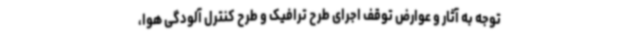
توجه به آثار و عوارض توقف اجرای طرح ترافیک و طرح کنترل آلودگی هوا،